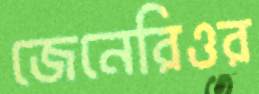
জেনেরিওর